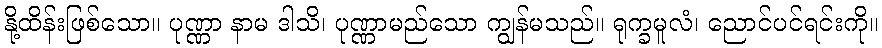
နို့ထိန်းဖြစ်သော။ ပုဏ္ဏာ နာမ ဒါသိ၊ ပုဏ္ဏာမည်သော ကျွန်မသည်။ ရုက္ခမူလံ၊ ညောင်ပင်ရင်းကို။